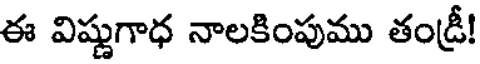
ఈ విష్ణుగాధ నాలకింపుము తండ్రీ!